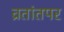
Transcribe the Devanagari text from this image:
व्रतांतपर